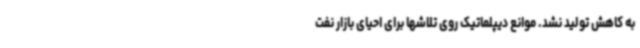
به کاهش تولید نشد. موانع دیپلماتیک روی تلاشها برای احیای بازار نفت